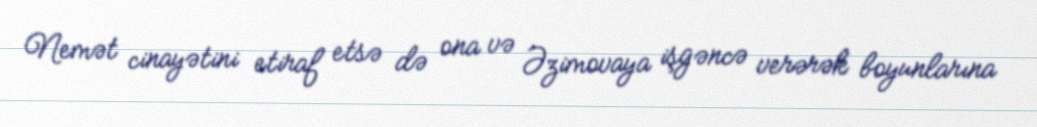
Nemət cinayətini etiraf etsə də ona və Əzimovaya işgəncə verərək boyunlarına